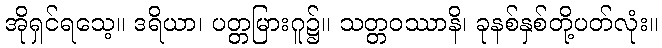
အိုရှင်ရသေ့။ ဒရိယာ၊ ပတ္တမြားဂူ၌။ သတ္တဝဿာနိ၊ ခုနစ်နှစ်တို့ပတ်လုံး။